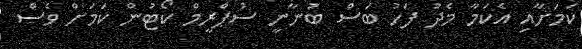
ކަމަށާއި އެކަމާ މެދު ފަހު ބަސް ބުނާނީ ސުޕްރީމް ކޯޓުން ކަމަށް ވެސް